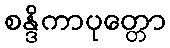
စန္ဒိကာပုတ္တော